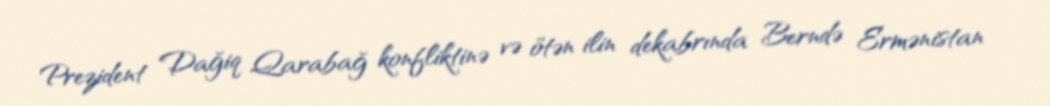
Prezident Dağiq Qarabağ konfliktinə və ötən ilin dekabrında Berndə Ermənistan